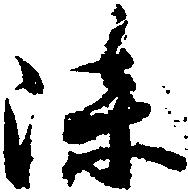
染